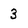
Character: 3